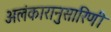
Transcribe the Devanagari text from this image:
अलंकारानुसारिणी